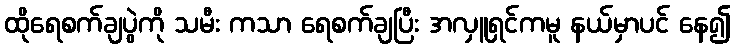
ထိုရေစက်ချပွဲကို သမီး ကသာ ရေစက်ချပြီး အလှူရှင်ကမူ နယ်မှာပင် နေ၍